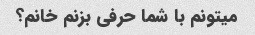
میتونم با شما حرفی بزنم خانم؟